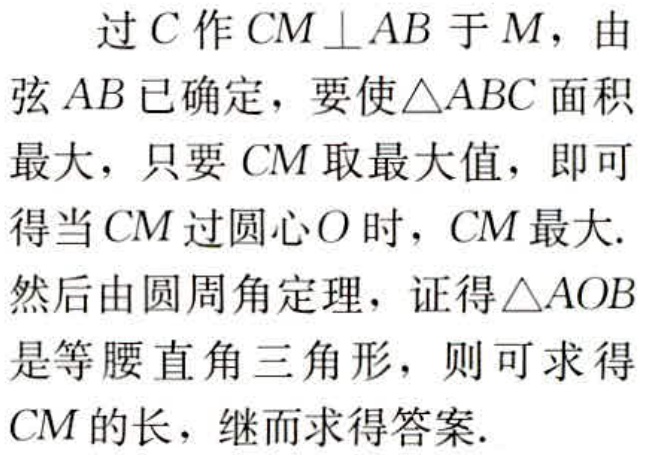
过\(C\)作\(CM \perp AB\)于\(M\)，由弦\(AB\)已确定，要使\(\triangle ABC\)面积最大，只要\(CM\)取最大值，即可得当\(CM\)过圆心\(O\)时，\(CM\)最大.然后由圆周角定理，证得\(\triangle AOB\)是等腰直角三角形，则可求得\(CM\)的长，继而求得答案.